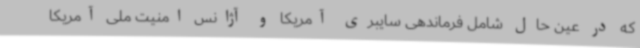
که در عین حال شامل فرماندهی سایبری آمریکا و آژانس امنیت ملی آمریکا